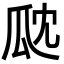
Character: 㼉